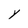
Character: Y